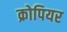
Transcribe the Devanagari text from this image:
क्रोपियर